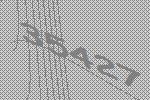
35427